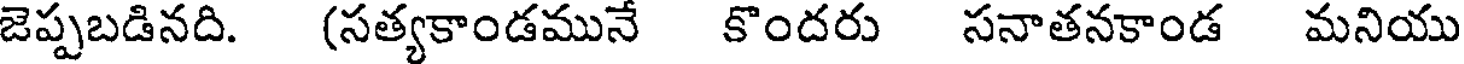
జెప్పబడినది. (సత్యకాండమున కొందరు సనాతనకాండ మనియు